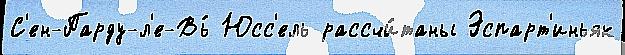
С'ен-Парду-л'е-Вь́ Юсс'ель рассчи́таны Эспарт'иньяк